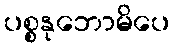
ပစ္စနုဘောမိပေ